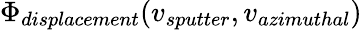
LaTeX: \Phi_{displacement}(v_{sputter},v_{azimuthal})